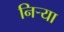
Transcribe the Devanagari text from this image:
निर्‍या